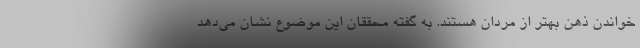
خواندن ذهن بهتر از مردان هستند. به گفته محققان این موضوع نشان می‌دهد